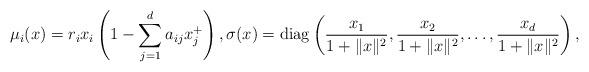
LaTeX: \begin{align*}\mu_i(x)= r_i x_i \left(1- \sum_{j=1}^{d}a_{ij}x_j^+ \right),\sigma(x)= \mathrm{diag}\left(\frac{x_1}{1+\lVert x\rVert^2} ,\frac{x_2}{1+\lVert x\rVert^2},\ldots,\frac{x_d}{1+\lVert x\rVert^2}\right) ,\end{align*}